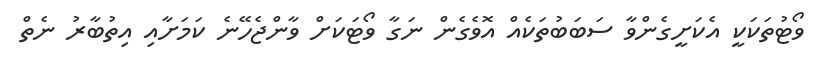
ވޯޓުތަކަކީ އެކަށީގެންވާ ސަބަބުތަކެއް އޮވެގެން ނަގާ ވޯޓަކަށް ވާންޖެހޭނެ ކަމަށާއި އިތުބާރު ނެތް